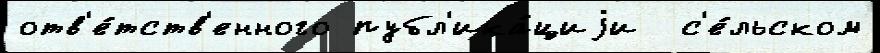
отв'е́тств'енного публ'ика́циjи  с'е́льском